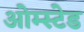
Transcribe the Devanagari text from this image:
ओम्स्टेड